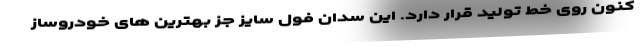
کنون روی خط تولید قرار دارد. این سدان فول سایز جز بهترین های خودروساز